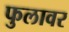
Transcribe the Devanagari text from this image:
फुलावर